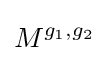
M^{g_{1},g_{2}}